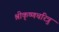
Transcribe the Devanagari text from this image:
श्रीकृष्णचरित्रु